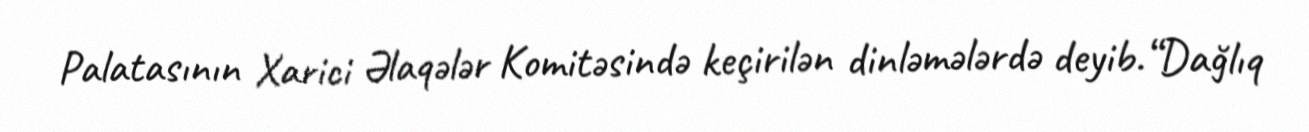
Palatasının Xarici Əlaqələr Komitəsində keçirilən dinləmələrdə deyib.“Dağlıq